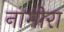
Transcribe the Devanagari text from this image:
नामोरा